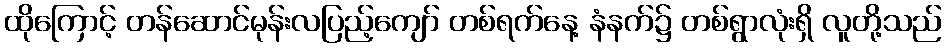
ထိုကြောင့် တန်ဆောင်မုန်းလပြည့်ကျော် တစ်ရက်နေ့ နံနက်၌ တစ်ရွာလုံးရှိ လူတို့သည်